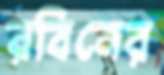
রবিনের